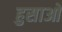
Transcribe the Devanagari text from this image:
हुसाओ